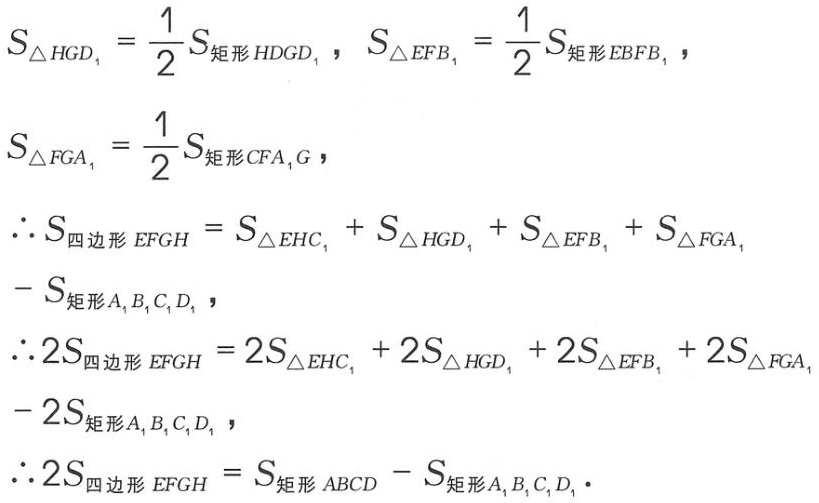
\[
\begin{align*}
S_{\triangle HGD_1}&=\frac{1}{2}S_{矩形HDGD_1},S_{\triangle EFB_1}=\frac{1}{2}S_{矩形EBFB_1},\\
S_{\triangle FGA_1}&=\frac{1}{2}S_{矩形CFA_1G},\\
\therefore S_{四边形EFGH}&=S_{\triangle EHC_1}+S_{\triangle HGD_1}+S_{\triangle EFB_1}+S_{\triangle FGA_1}\\
&-S_{矩形A_1B_1C_1D_1},\\
\therefore 2S_{四边形EFGH}&=2S_{\triangle EHC_1}+2S_{\triangle HGD_1}+2S_{\triangle EFB_1}+2S_{\triangle FGA_1}\\
&-2S_{矩形A_1B_1C_1D_1},\\
\therefore 2S_{四边形EFGH}&=S_{矩形ABCD}-S_{矩形A_1B_1C_1D_1}.
\end{align*}
\]